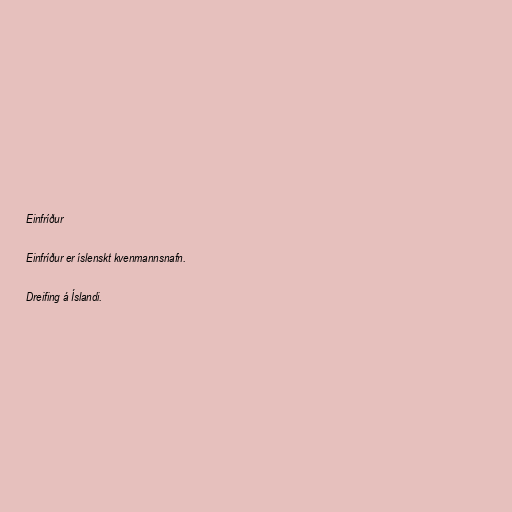
Einfríður

Einfríður er íslenskt kvenmannsnafn.

Dreifing á Íslandi.